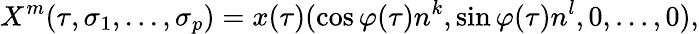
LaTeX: X^{m}(\tau,\sigma_{1},...,\sigma_{p})=x(\tau)(\cos\varphi(\tau)n^{k},\sin\varphi(\tau)n^{l},0,...,0),